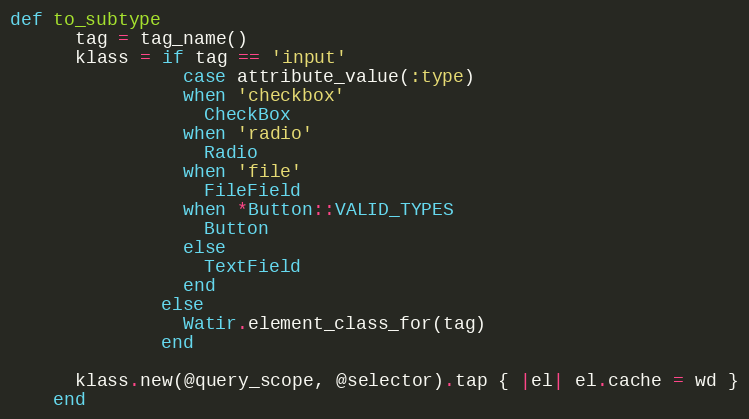
Language: Ruby
def to_subtype
      tag = tag_name()
      klass = if tag == 'input'
                case attribute_value(:type)
                when 'checkbox'
                  CheckBox
                when 'radio'
                  Radio
                when 'file'
                  FileField
                when *Button::VALID_TYPES
                  Button
                else
                  TextField
                end
              else
                Watir.element_class_for(tag)
              end

      klass.new(@query_scope, @selector).tap { |el| el.cache = wd }
    end